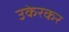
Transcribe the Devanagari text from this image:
उकेरकर